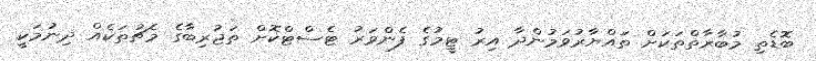
ބޮޑެތި މުބާރާތްތަކަށް ތައްޔާރުވަމުންދާ އިރު ޓީމުގެ ފެންވަރު ޓެސްޓްކޮށް ތަޖުރިބާގެ މެޗުތަކެއް ދިނުމަކީ